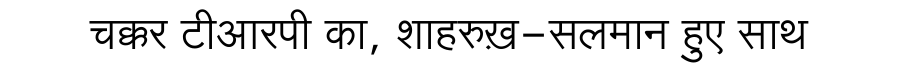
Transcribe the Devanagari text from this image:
चक्कर टीआरपी का, शाहरुख़-सलमान हुए साथ